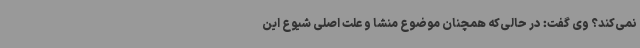
نمی‌کند؟ وی گفت: در حالی‌که همچنان موضوع منشا و علت اصلی شیوع این